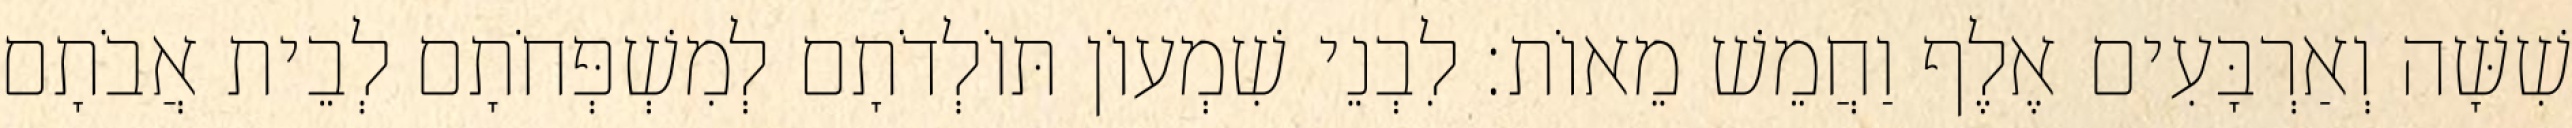
שִׁשָּׁה וְאַרְבָּעִים אֶלֶף וַחֲמֵשׁ מֵאוֹת׃ לִבְנֵי שִׁמְעוֹן תּוֹלְדֹתָם לְמִשְׁפְּחֹתָם לְבֵית אֲבֹתָם